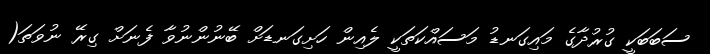
ސަބަބަކީ ގުރުދާގެ މައިގަނޑު މަސައްކަތަކީ ލެއިން ހަށިގަނޑަށް ބޭނުންނުވާ ފެނަށް ގިރޭ ނުވަތަ(